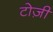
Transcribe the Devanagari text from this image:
टोज़ी